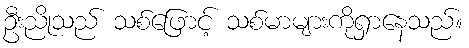
ဦးညိုသည် သစ်ဖြောင့် သစ်မာများကိုရှာနေသည်။